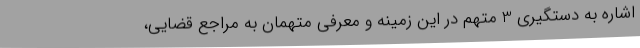
اشاره به دستگیری 3 متهم در این زمینه و معرفی متهمان به مراجع قضایی،